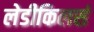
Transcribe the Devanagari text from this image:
लेडीकिलर्स